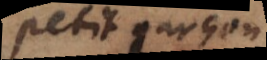
petit garçon,